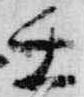
壬